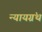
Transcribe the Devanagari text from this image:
न्यायग्रंथ